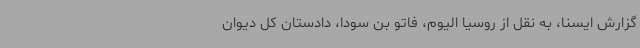
گزارش ایسنا، به نقل از روسیا الیوم، فاتو بن سودا، دادستان کل دیوان